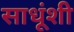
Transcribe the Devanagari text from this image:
साधूंशी